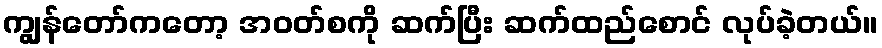
ကျွန်တော်ကတော့ အဝတ်စကို ဆက်ပြီး ဆက်ထည်စောင် လုပ်ခဲ့တယ်။